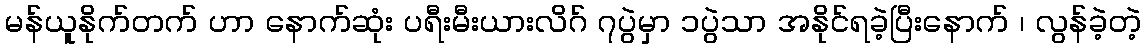
မန်ယူနိုက်တက် ဟာ နောက်ဆုံး ပရီးမီးယားလိဂ် ၇ပွဲမှာ ၁ပွဲသာ အနိုင်ရခဲ့ပြီးနောက် ၊ လွန်ခဲ့တဲ့